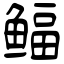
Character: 鲾